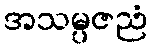
အသမ္ပဇညံ